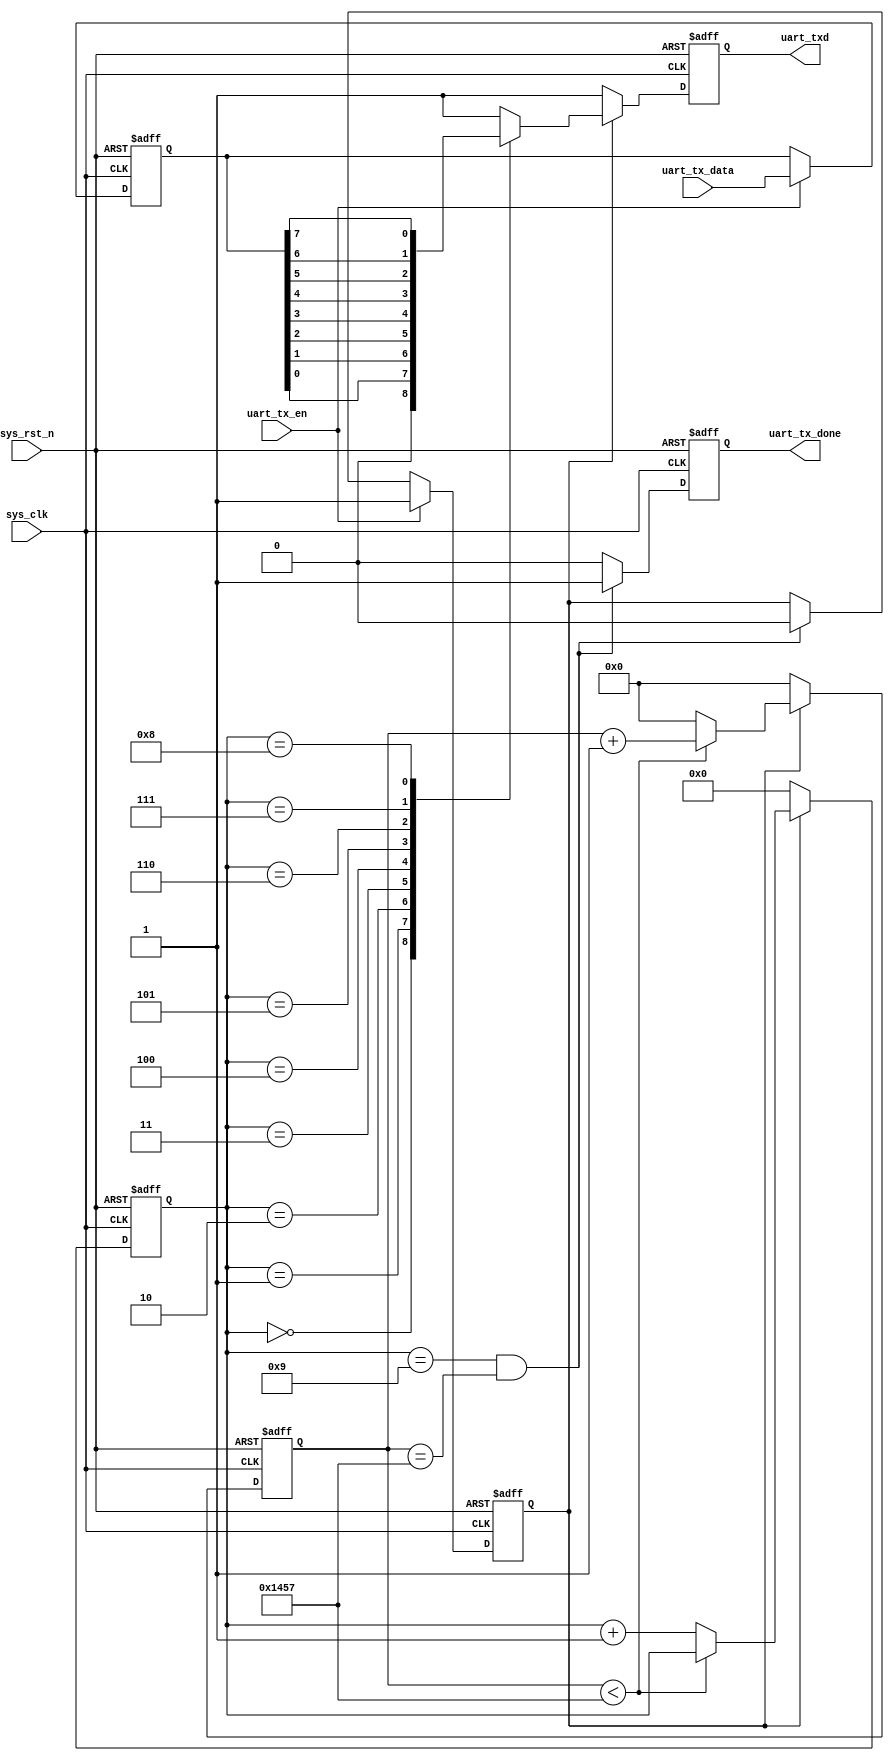
//
module uart_tx
#(
	parameter	integer	BPS		= 9_600		,	//
	parameter 	integer	CLK_FRE	= 50_000_000	//
)
(
//
	input 			sys_clk			,			//
	input 			sys_rst_n		,			//
//	
	input	[7:0] 	uart_tx_data	,			//UARTuart_tx_en
	input			uart_tx_en		,			//
//UART	
	output	reg		uart_tx_done	,			//1BYTE
	output 	reg		uart_txd					//UARTtx
);

//param define
localparam	integer	BPS_CNT  = CLK_FRE / BPS;	//bit
localparam	integer	BITS_NUM = 10			;	//bit10bit = 1 + 8 + 1

//reg define
reg 		tx_state			;				//
reg [7:0]  	uart_tx_data_reg	;				//
reg [31:0] 	clk_cnt				;				//bit
reg [3:0]  	bit_cnt				;				//bitbit


//,
always @(posedge sys_clk or negedge sys_rst_n)begin
	if(!sys_rst_n)
		uart_tx_data_reg <=8'd0;
	else if(uart_tx_en)							//
		uart_tx_data_reg <= uart_tx_data;		//			
	else 
		uart_tx_data_reg <= uart_tx_data_reg;
end		

//,
always @(posedge sys_clk or negedge sys_rst_n)begin
	if(!sys_rst_n)
		tx_state <=1'b0;	
	else if(uart_tx_en)												
		tx_state <= 1'b1;						//
	//		
	else if((bit_cnt == BITS_NUM - 1'b1) && (clk_cnt == BPS_CNT - 1'b1))		
		tx_state <= 1'b0;                                          		
	else 
		tx_state <= tx_state;	
end

//
always @(posedge sys_clk or negedge sys_rst_n)begin
	if(!sys_rst_n)
		uart_tx_done <=1'b0;
	// 		
	else if((bit_cnt == BITS_NUM - 1'b1) && (clk_cnt == BPS_CNT - 1'b1))	                                         	
		uart_tx_done <=1'b1;										
	else 
		uart_tx_done <=1'b0;
end

//bit
always @(posedge sys_clk or negedge sys_rst_n)begin
	if(!sys_rst_n)begin
		clk_cnt <= 32'd0;
		bit_cnt <= 4'd0;
	end
	else if(tx_state) begin										//
		if(clk_cnt < BPS_CNT - 1'd1)begin						//bit
			clk_cnt <= clk_cnt + 1'b1;							//+1
			bit_cnt <= bit_cnt;									//bit
		end					
		else begin												//bit	
			clk_cnt <= 32'd0;									//
			bit_cnt <= bit_cnt+1'b1;							//bit+1bit
		end					
	end					
	else begin													//
		clk_cnt <= 32'd0;                   					//
		bit_cnt <= 4'd0;                    					//
	end
end

//uart
always @(posedge sys_clk or negedge sys_rst_n)begin
	if(!sys_rst_n)
		uart_txd <= 1'b1;										//
	else if(tx_state)                                  			//
		case(bit_cnt)											//
			4'd0: uart_txd <= 1'b0;								//
			4'd1: uart_txd <= uart_tx_data_reg[0];     			//
			4'd2: uart_txd <= uart_tx_data_reg[1];     			//
			4'd3: uart_txd <= uart_tx_data_reg[2];     			//
			4'd4: uart_txd <= uart_tx_data_reg[3];     			//
			4'd5: uart_txd <= uart_tx_data_reg[4];     			//
			4'd6: uart_txd <= uart_tx_data_reg[5];     			//
			4'd7: uart_txd <= uart_tx_data_reg[6];     			//
			4'd8: uart_txd <= uart_tx_data_reg[7];     			//
			4'd9: uart_txd <= 1'b1;								//
			default:uart_txd <= 1'b1;			
		endcase			
	else 														//
		uart_txd <= 1'b1;										//
end

endmodule